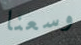
وسعنا